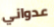
عدواني